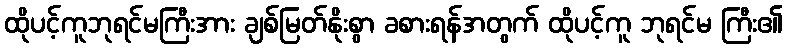
ထိုပင့်ကူဘုရင်မကြီးအား ချစ်မြတ်နိုးစွာ ခစားရန်အတွက် ထိုပင့်ကူ ဘုရင်မ ကြီး၏